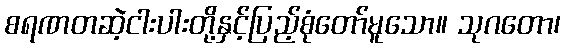
စရဏတဆဲ့ငါးပါးတို့နှင့်ပြည့်စုံတော်မူသော။ သုဂတော၊